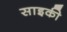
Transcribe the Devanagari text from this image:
साइकी